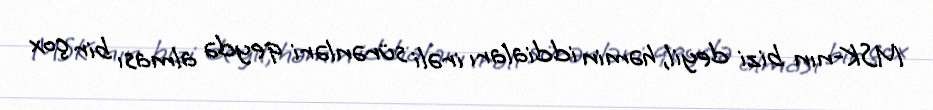
MSK-nın bizi deyil, həmin iddiaları irəli sürənləri qeydə alması bir çox